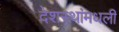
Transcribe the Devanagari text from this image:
देशस्थांमधली